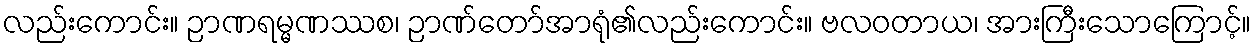
လည်းကောင်း။ ဉာဏရမ္မဏဿစ၊ ဉာဏ်တော်အာရုံ၏လည်းကောင်း။ ဗလဝတာယ၊ အားကြီးသောကြောင့်။